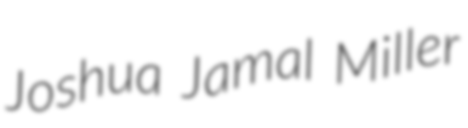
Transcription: Joshua Jamal Miller